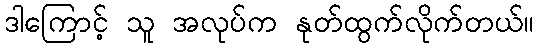
ဒါကြောင့် သူ အလုပ်က နုတ်ထွက်လိုက်တယ်။